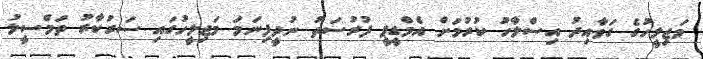
މަޖިލީހުގެ ގަވާއިދު އިސްލާހު ކުރުމަށް އެމްޑީޕީ ފުރުސަތު ނުދީފިނަމަ މަޖިލީހުގައި ސަރުކާރު ތަމްސީލު